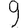
Digit: 9